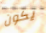
يكون